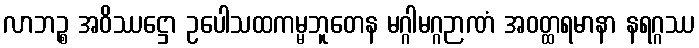
လာဘဉ္စ အဝိဿဋ္ဌော ဥပေါသထကမ္မဘူတေန မဂ္ဂါမဂ္ဂဉာဏံ အဝတ္ထရမာနာ နရဂ္ဂဿ